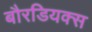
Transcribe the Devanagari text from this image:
बौरडियक्स